Scientific memoirs by medical officers of the Army of India - Part III,
Year: 1887
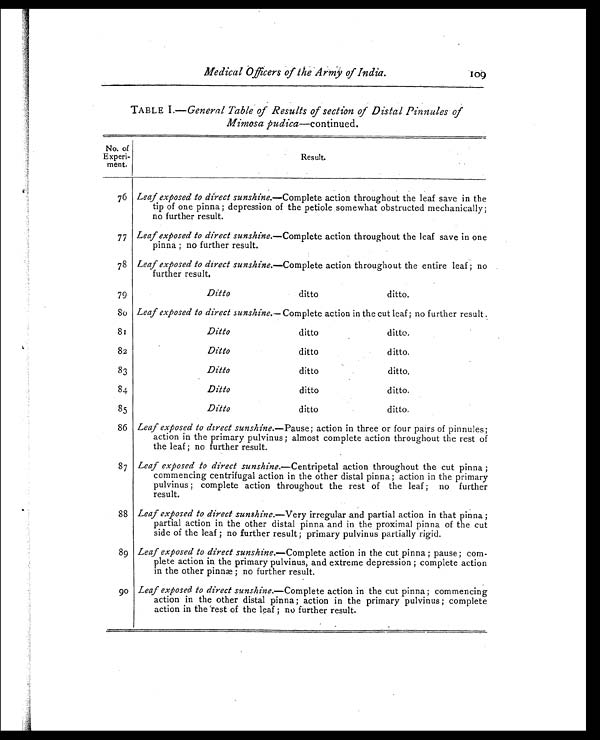
Medical Officers of the Army of India.
109
TABLE I.— General Table of Results of section of Distal Pinnules of
Mimosa pudica—continued.
No. of
Experi -
ment.
Resul t.
76 Leaf exposed to direct sunshine.—Complete action throughout the leaf save in the
tip of one pinna ; depression of the petiole somewhat obstructed mechanically;
no further result.
77 Leaf exposed to direct sunshine.—Complete action throughout the leaf save in one
pinna ; no further result.
78 Leaf exposed to direct sunshine.—Complete action throughout the entire leaf ; no
further result.
79
Ditto ditto
ditto.
80 Leaf exposed to direct sunshine.— Complete action in the cut leaf ; no further result .
81
Ditto ditto
ditto.
82
Ditto ditto
ditto.
83
Ditto ditto
ditto.
84
Ditto ditto
ditto.
85
Ditto ditto
ditto.
86 Leaf exposed to direct sunshine .—Pause; action in three or four pairs of pinnules;
action in the primary pulvinus ; almost complete action throughout the rest of
the leaf ; no further result.
87 Leaf exposed to direct sunshine .—Centripetal action throughout the cut pinna ;
commencing centrifugal action in the other distal pinna; action in the primary
pulvinus ; complete action throughout the rest of the leaf ; no further
result.
88 Leaf exposed to direct sunshine .—Very irregular and partial action in that pinna ;
partial action in the other distal pinna and in the proximal pinna of the cut
side of the leaf ; no further result; primary pulvinus partially rigid.
89 Leaf exposed to direct sunshine.—Complete action in the cut pinna ; pause ; com-
plete action in the primary pulvinus, and extreme depression ; complete action
in the other pinnæ; no further result.
9 0 Leaf exposed to direct sunshine.—Complete action in the cut pinna; commencing
action in the other distal pinna ; action in the primary pulvinus ; complete
action in the rest of the leaf ; no further result.